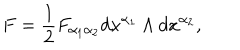
LaTeX: F = \frac { 1 } { 2 } F _ { \alpha _ { 1 } \alpha _ { 2 } } d x ^ { \alpha _ { 1 } } \wedge d x ^ { \alpha _ { 2 } } ,